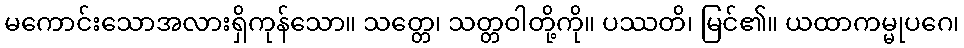
မကောင်းသောအလားရှိကုန်သော။ သတ္တေ၊ သတ္တဝါတို့ကို။ ပဿတိ၊ မြင်၏။ ယထာကမ္မုပဂေ၊